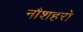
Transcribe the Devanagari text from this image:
नौशहरो